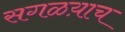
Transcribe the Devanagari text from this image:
सगळय़ाच